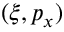
( \xi , p _ { x } )